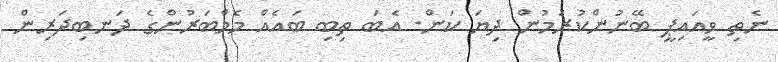
ނެތި ވީއައިޕީ ބޭނުންކުރަމުން ދިޔަ ކަން. އެބަ ތިބި ބައެއް މެމްބަރުންގެ ދަނބިދަރިން